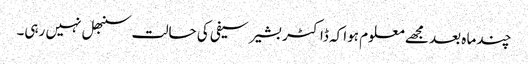
چند ما ہ بعد مجھے معلوم ہوا کہ ڈاکٹر بشیر سیفی کی حالت سنبھل نہیں رہی۔